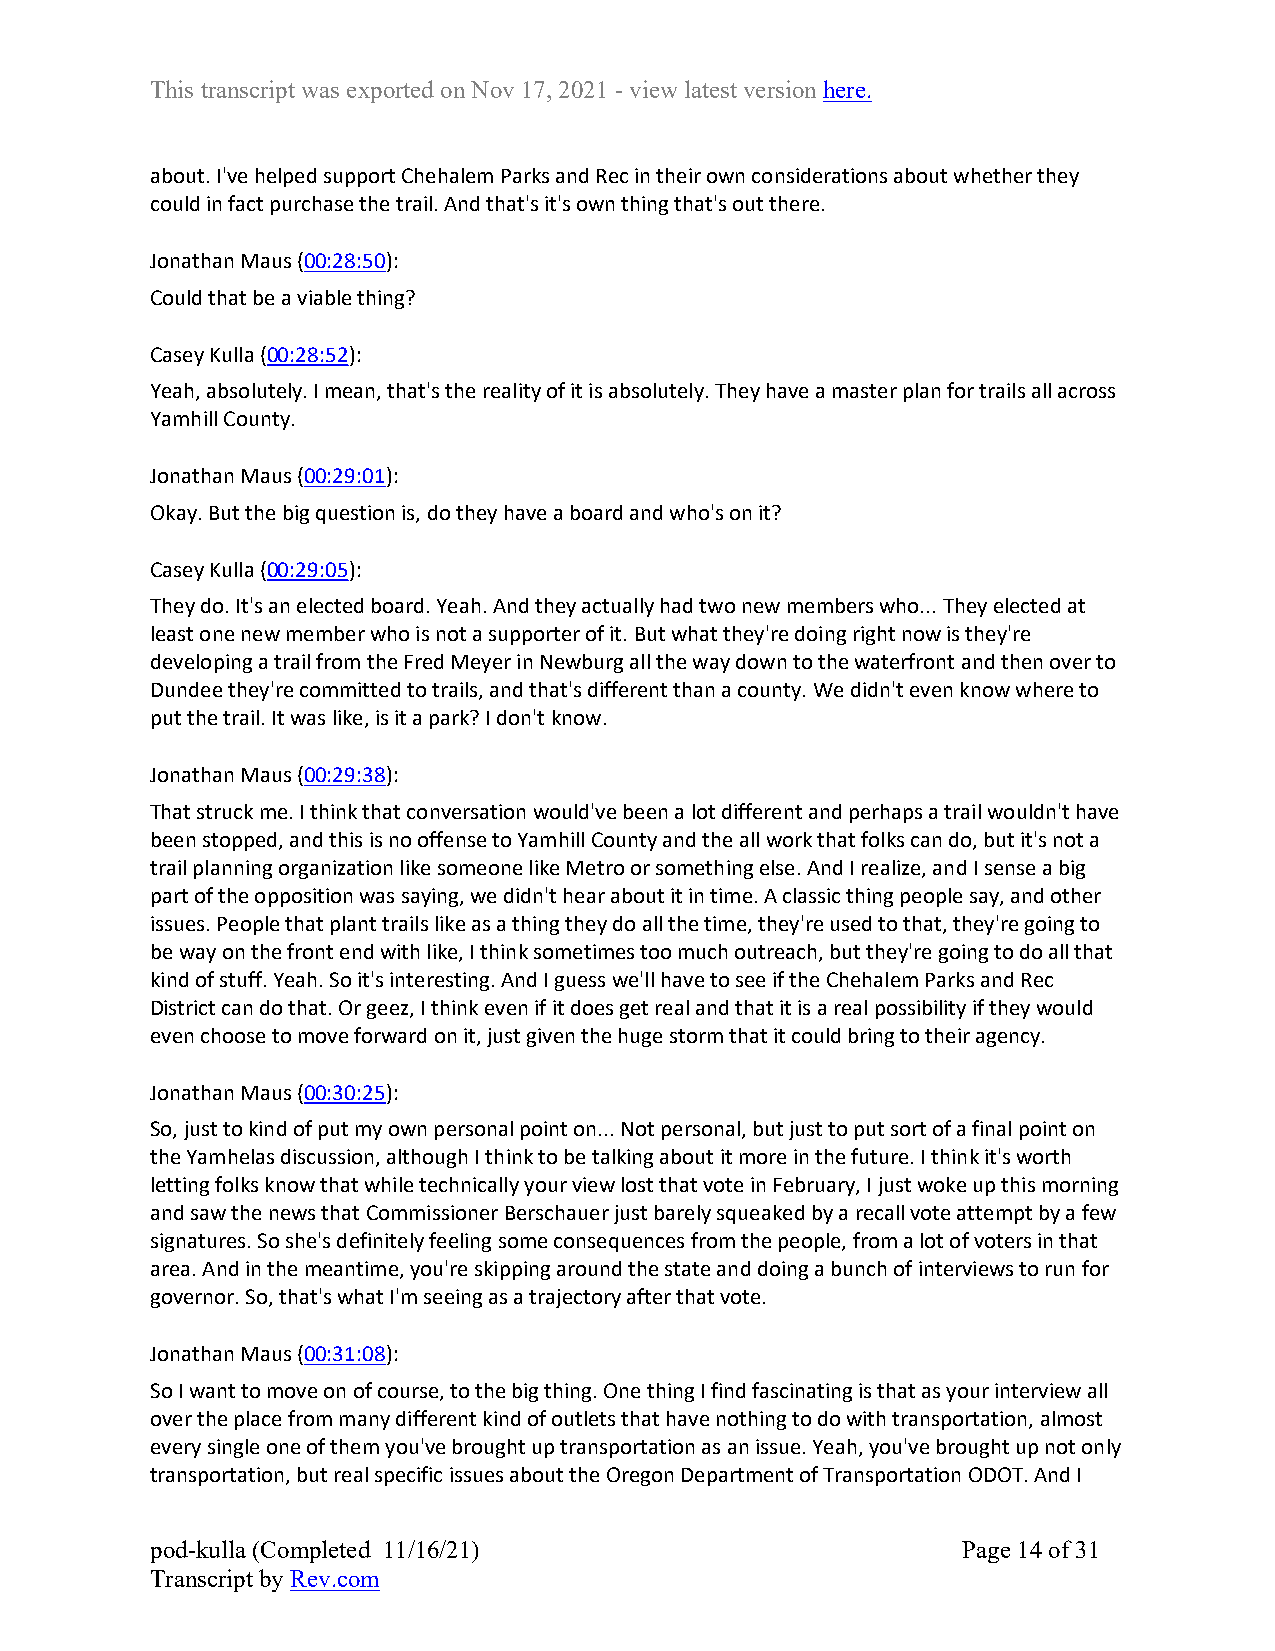
This transcript was exported on Nov 17, 2021 - view latest version here.
 about. I've helped support Chehalem Parks and Rec in their own considerations about whether they
 could in fact purchase the trail. And that's it's own thing that's out there.
 Jonathan Maus (00:28:50):
 Could that be a viable thing?
 Casey Kulla (00:28:52):
 Yeah, absolutely. I mean, that's the reality of it is absolutely. They have a master plan for trails all across
 Yamhill County.
 Jonathan Maus (00:29:01):
 Okay. But the big question is, do they have a board and who's on it?
 Casey Kulla (00:29:05):
 They do. It's an elected board. Yeah. And they actually had two new members who... They elected at
 least one new member who is not a supporter of it. But what they're doing right now is they're
 developing a trail from the Fred Meyer in Newburg all the way down to the waterfront and then over to
 Dundee they're committed to trails, and that's different than a county. We didn't even know where to
 put the trail. It was like, is it a park? I don't know.
 Jonathan Maus (00:29:38):
 That struck me. I think that conversation would've been a lot different and perhaps a trail wouldn't have
 been stopped, and this is no offense to Yamhill County and the all work that folks can do, but it's not a
 trail planning organization like someone like Metro or something else. And I realize, and I sense a big
 part of the opposition was saying, we didn't hear about it in time. A classic thing people say, and other
 issues. People that plant trails like as a thing they do all the time, they're used to that, they're going to
 be way on the front end with like, I think sometimes too much outreach, but they're going to do all that
 kind of stuff. Yeah. So it's interesting. And I guess we'll have to see if the Chehalem Parks and Rec
 District can do that. Or geez, I think even if it does get real and that it is a real possibility if they would
 even choose to move forward on it, just given the huge storm that it could bring to their agency.
 Jonathan Maus (00:30:25):
 So, just to kind of put my own personal point on... Not personal, but just to put sort of a final point on
 the Yamhelas discussion, although I think to be talking about it more in the future. I think it's worth
 letting folks know that while technically your view lost that vote in February, I just woke up this morning
 and saw the news that Commissioner Berschauer just barely squeaked by a recall vote attempt by a few
 signatures. So she's definitely feeling some consequences from the people, from a lot of voters in that
 area. And in the meantime, you're skipping around the state and doing a bunch of interviews to run for
 governor. So, that's what I'm seeing as a trajectory after that vote.
 Jonathan Maus (00:31:08):
 So I want to move on of course, to the big thing. One thing I find fascinating is that as your interview all
 over the place from many different kind of outlets that have nothing to do with transportation, almost
 every single one of them you've brought up transportation as an issue. Yeah, you've brought up not only
 transportation, but real specific issues about the Oregon Department of Transportation ODOT. And I
 pod-kulla (Completed 11/16/21)                        Page 14 of 31
 Transcript by Rev.com